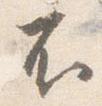
不